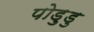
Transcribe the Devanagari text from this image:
पोड़ुडु